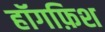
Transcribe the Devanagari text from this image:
हॉगफ़िश